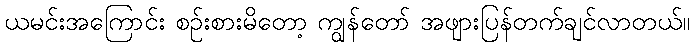
ယမင်းအကြောင်း စဉ်းစားမိတော့ ကျွန်တော် အဖျားပြန်တက်ချင်လာတယ်။